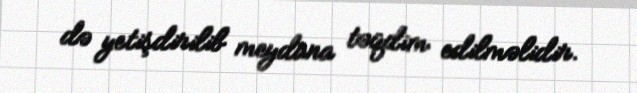
də yetişdirilib meydana təqdim edilməlidir.